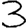
Digit: 3